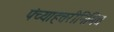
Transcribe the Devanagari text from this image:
पंच्याहत्तरीनिमित्त